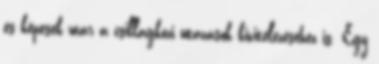
és képesek már a csillagközi utazások kivitelezéséhez is. Egy